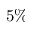
5 \%